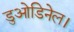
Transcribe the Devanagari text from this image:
डुओडिनेल।